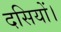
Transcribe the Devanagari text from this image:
दसियों।